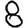
Digit: 8